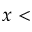
x <